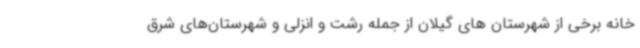
خانه برخی از شهرستان های گیلان از جمله رشت و انزلی و شهرستان‌های شرق